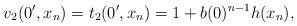
LaTeX: \begin{align*}v_2(0',x_n) = t_2(0',x_n) = 1 + b(0)^{n-1}h(x_n),\end{align*}